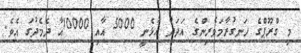
މި ގްރޫޕްގެ ހަނގުރާމަވެރިންގެ އަދަދު އުޅެނީ 5000 އާއި 10000އާ ދެމެދުގަ އެވެ.